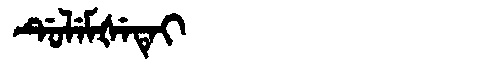
Manchu: ᡩᡠᠯᡝᠮᡧᡝᡨᡝᡳ
Romanization: DULEMŠETEI